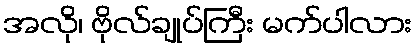
အလို၊ ဗိုလ်ချုပ်ကြီး မက်ပါလား